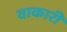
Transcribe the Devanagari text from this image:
वाकारी